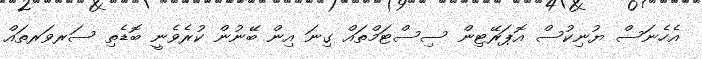
އެހެނަސް ޔުނިކުސް އޮޕަރޭޓިން ސިސްޓަމްތައް ގިނަ އިން ބޭނުން ކުރެވެނީ ބޮޑެތި ސަރވަރތައް